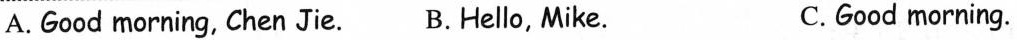
A.Good morning, Chen Jie. B.Hello, Mike. C.Good morning.